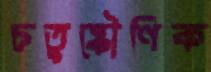
চতুষ্কৌণিক